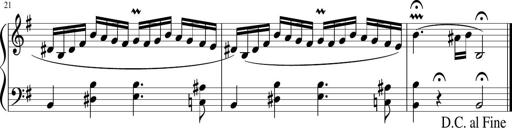
Title: 12 Keyboard Sonatinas
Composer: James Hook